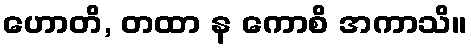
ဟောတိ, တထာ န ကောစိ အကာသိ။